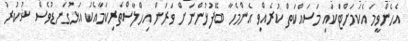
އެހެންވީމަ އެކަމަށްޓަކައި މަސައްކަތް ކުރެއްވި އެންމެހާ ބޭފުޅުންނަށް ވަރަށް އިހްލާސްތެރިކަމާއެކު އަޅުގަނޑުވެސް ޝުކުރު